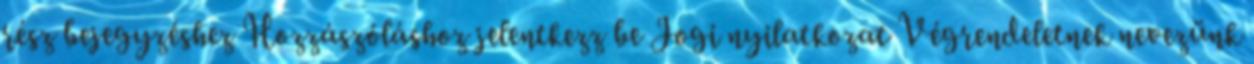
rész bejegyzéshez Hozzászóláshoz jelentkezz be Jogi nyilatkozat Végrendeletnek nevezünk